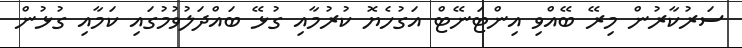
ސަރުކާރުން މިރޭ ބޭއްވި އިންޓަނޭޓް އަގުހެޔޮ ކުރުމާއި ގުޅޭ ބައްދަލުވުމުގައި ކަމާއި ގުޅުން